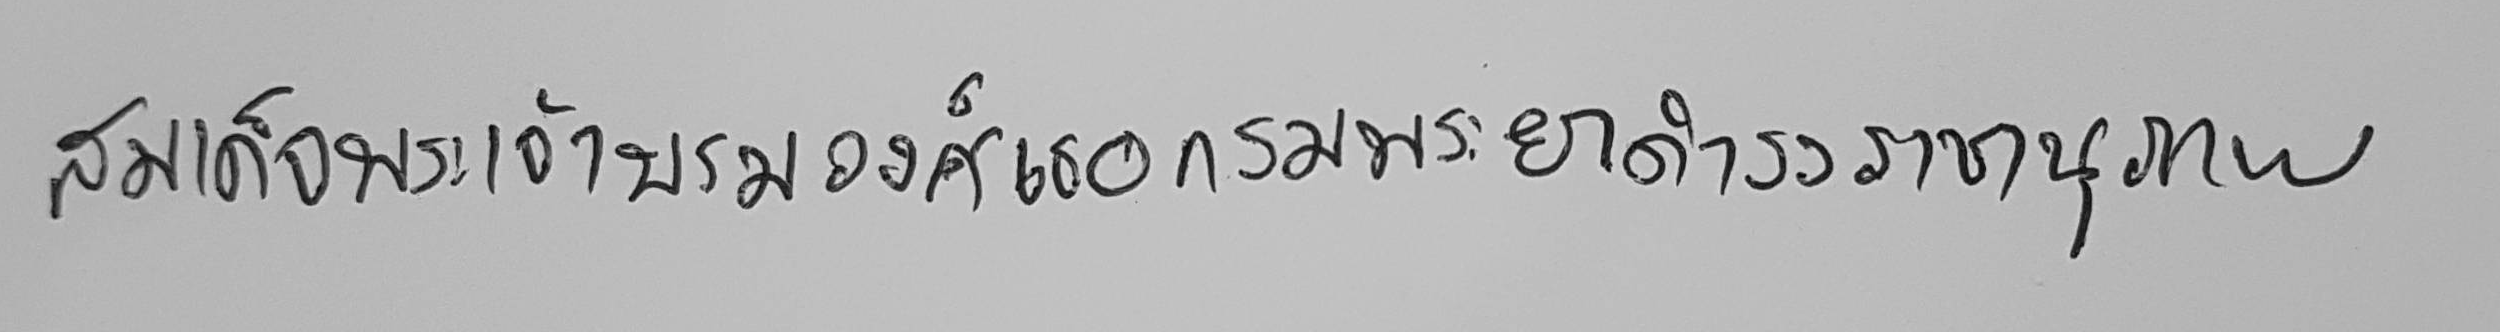
สมเด็จพระเจ้าบรมวงศ์เธอกรมพระยาดำรงราชานุภาพ